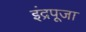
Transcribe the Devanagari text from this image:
इंद्रपूजा